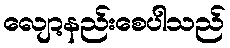
လျော့နည်းစေပါသည်